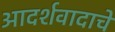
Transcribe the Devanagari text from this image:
आदर्शवादाचे